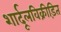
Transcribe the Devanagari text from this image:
शार्दूलविक्रीड़ित